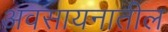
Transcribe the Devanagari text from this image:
अवसायनातील